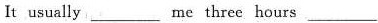
It usually ___ me three hours ___